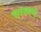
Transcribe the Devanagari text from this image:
चाखणे